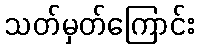
သတ်မှတ်ကြောင်း